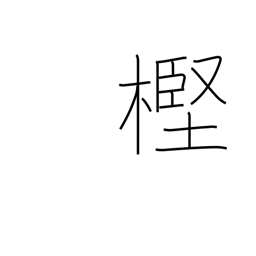
Meaning: evergreen oak